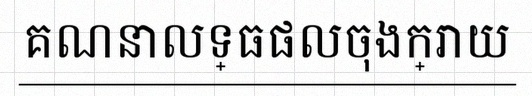
គណនាលទ្ធផលចុងក្រោយ